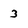
Character: 3